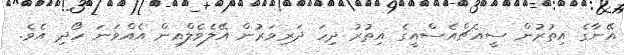
އޭނާގެ އިތުރުން ސީއެޗްއެސްއީގެ އިތުރު ދިހަ ދަރިވަރުން އޭލެވެލްއިން އެއްވަނަ ހޯދި އެވެ.